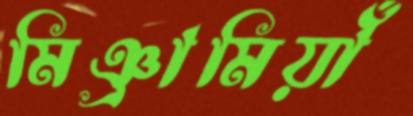
মিঞ্রামিয়াঁ